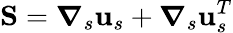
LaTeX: \mathbf{S}=\boldsymbol{\nabla}_{s}\mathbf{u}_{s}+\boldsymbol{\nabla}_{s}\mathbf{u}_{s}^{T}